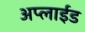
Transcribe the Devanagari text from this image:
अप्‍लाईड